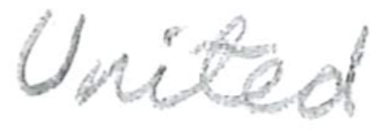
Text: United
Cross-out: clean
Writing tool: pencil